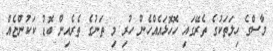
މާސްގެ ހިލަތަކުގެ ތެރޭގައި ހޮހޮޅައެއްހެން ހުރި މި ތަނުގެ ތެެރެއިން ބޮޑު ކަކުންޏެއް